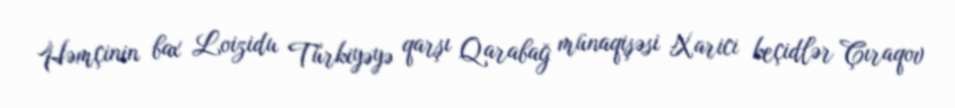
Həmçinin bax Loizidu Türkiyəyə qarşı Qarabağ münaqişəsi Xarici keçidlər Çıraqov